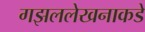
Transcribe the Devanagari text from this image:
गझललेखनाकडे